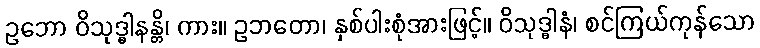
ဥဘော ဝိသုဒ္ဓါနန္တိ၊ ကား။ ဥဘတော၊ နှစ်ပါးစုံအားဖြင့်။ ဝိသုဒ္ဓါနံ၊ စင်ကြယ်ကုန်သော